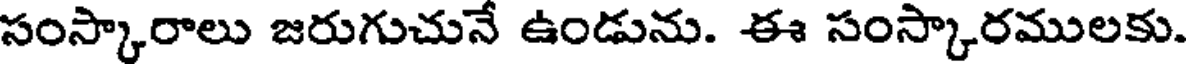
సంస్కారాలు జరుగుచునే ఉండును. ఈ సంస్కారములకు.